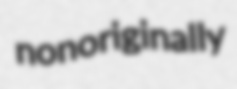
nonoriginally